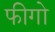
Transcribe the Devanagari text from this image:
फीगो